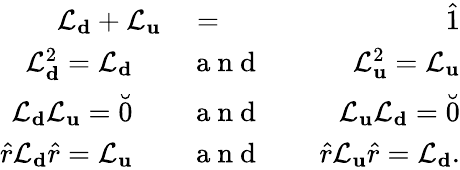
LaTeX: \begin{array}{rlr}{\mathcal{L}_{\mathbf d}+\mathcal{L}_{\mathbf u}}&{{}=}&{\hat{1}}\\ {\mathcal{L}_{\mathbf d}^{2}=\mathcal{L}_{\mathbf d}\quad}&{{}\mathrm{~a~n~d~}}&{\quad\mathcal{L}_{\mathbf u}^{2}=\mathcal{L}_{\mathbf u}}\\ {\mathcal{L}_{\mathbf d}\mathcal{L}_{\mathbf u}=\breve{0}\quad}&{{}\mathrm{~a~n~d~}}&{\quad\mathcal{L}_{\mathbf u}\mathcal{L}_{\mathbf d}=\breve{0}}\\ {\hat{r}\mathcal{L}_{\mathbf d}\hat{r}=\mathcal{L}_{\mathbf u}\quad}&{{}\mathrm{~a~n~d~}}&{\quad\hat{r}\mathcal{L}_{\mathbf u}\hat{r}=\mathcal{L}_{\mathbf d}.}\end{array}